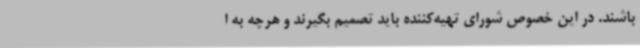
باشند. در این خصوص شورای تهیه‌کننده باید تصمیم بگیرند و هرچه به ا